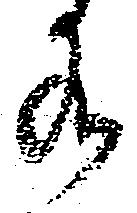
水